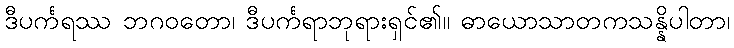
ဒီပင်္ကရဿ ဘဂဝတော၊ ဒီပင်္ကရာဘုရားရှင်၏။ ဓာယောသာတကသန္နိပါတာ၊